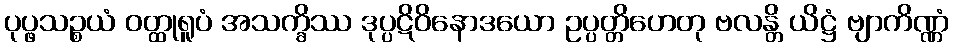
ပုပ္ဖသဉ္စယံ ဝတ္ထုရူပံ အသက္ခိဿ ဒုပ္ပဋိဝိနောဒယော ဥပ္ပတ္တိဟေတု ဗလန္တိ ယိဋ္ဌံ ဗျာကိဏ္ဏံ